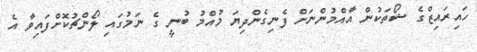
ހައިރައިޒްގެ ޝޯތަކުން އާއްމުންނަށް ފެނިގެންދިޔަ މުއްމު ބުނީ ގެ ނަމުގައި ލޯންޗުކޮށްފައިވާ އެ